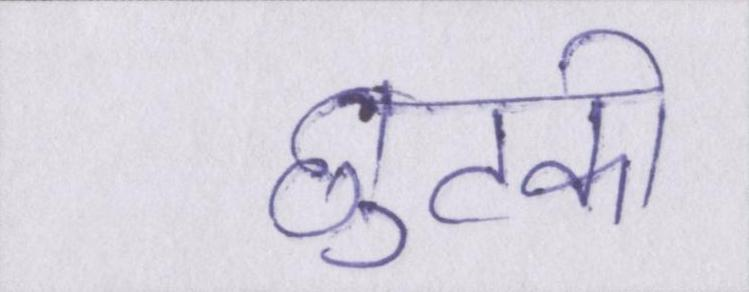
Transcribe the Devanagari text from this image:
छुटकी